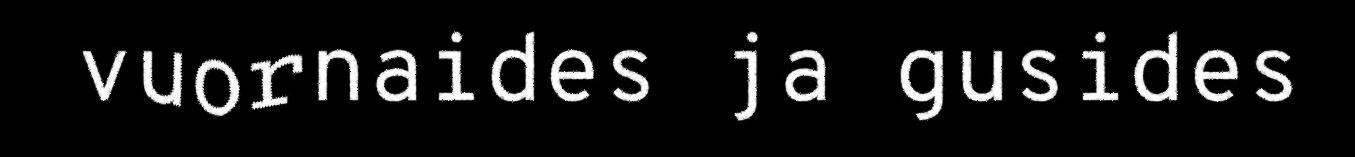
vuornaides ja gusides